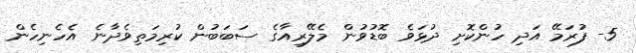
5- ފުރަމޭ އަދި ހުންކޮށި ދުޅަވެ ބޮޑުވުން މެލޭރިއާގެ ސަބަބުން ކުރިމަތިވެދާނެ އެހެނިހެން